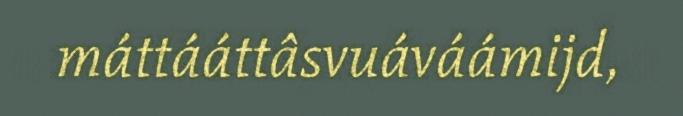
máttááttâsvuáváámijd,